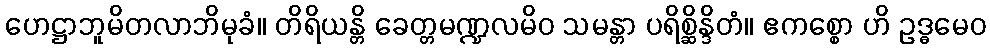
ဟေဋ္ဌာဘူမိတလာဘိမုခံ။ တိရိယန္တိ ခေတ္တမဏ္ဍလမိဝ သမန္တာ ပရိစ္ဆိန္ဒိတံ။ ဧကစ္စော ဟိ ဥဒ္ဓမေဝ